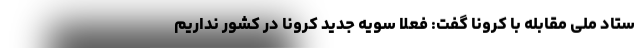
ستاد ملی مقابله با کرونا گفت: فعلا سویه جدید کرونا در کشور نداریم